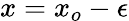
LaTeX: x=x_{o}-\epsilon